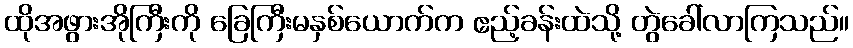
ထိုအဖွားအိုကြီးကို ခြေကြီးမနှစ်ယောက်က ဧည့်ခန်းထဲသို့ တွဲခေါ်လာကြသည်။